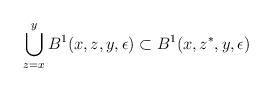
LaTeX: \begin{align*}\bigcup_{z=x}^{y}B^{1}(x,z,y,\epsilon)\subset B^{1}(x,z^{*},y,\epsilon)\end{align*}